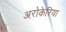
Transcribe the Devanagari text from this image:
अरोकेरिया